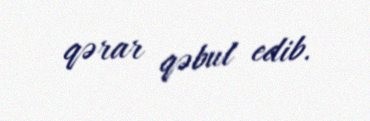
qərar qəbul edib.